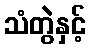
သံတွဲနှင့်